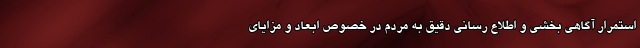
استمرار آگاهی بخشی و اطلاع رسانی دقیق به مردم در خصوص ابعاد و مزایای